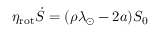
\eta _ { \mathrm { r o t } } \dot { S } = ( \rho \lambda _ { \odot } - 2 a ) S _ { 0 }